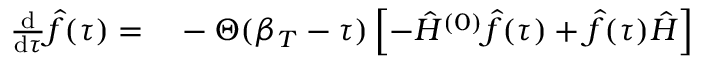
\begin{array} { r l } { \frac { \mathrm { d } } { \mathrm { d } \tau } \hat { f } ( \tau ) = } & { { } - \Theta ( \beta _ { T } - \tau ) \left[ - \hat { H } ^ { ( 0 ) } \hat { f } ( \tau ) + \hat { f } ( \tau ) \hat { H } \right] } \end{array}